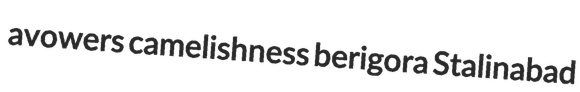
avowers camelishness berigora Stalinabad